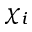
\chi _ { i }